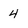
Character: 4